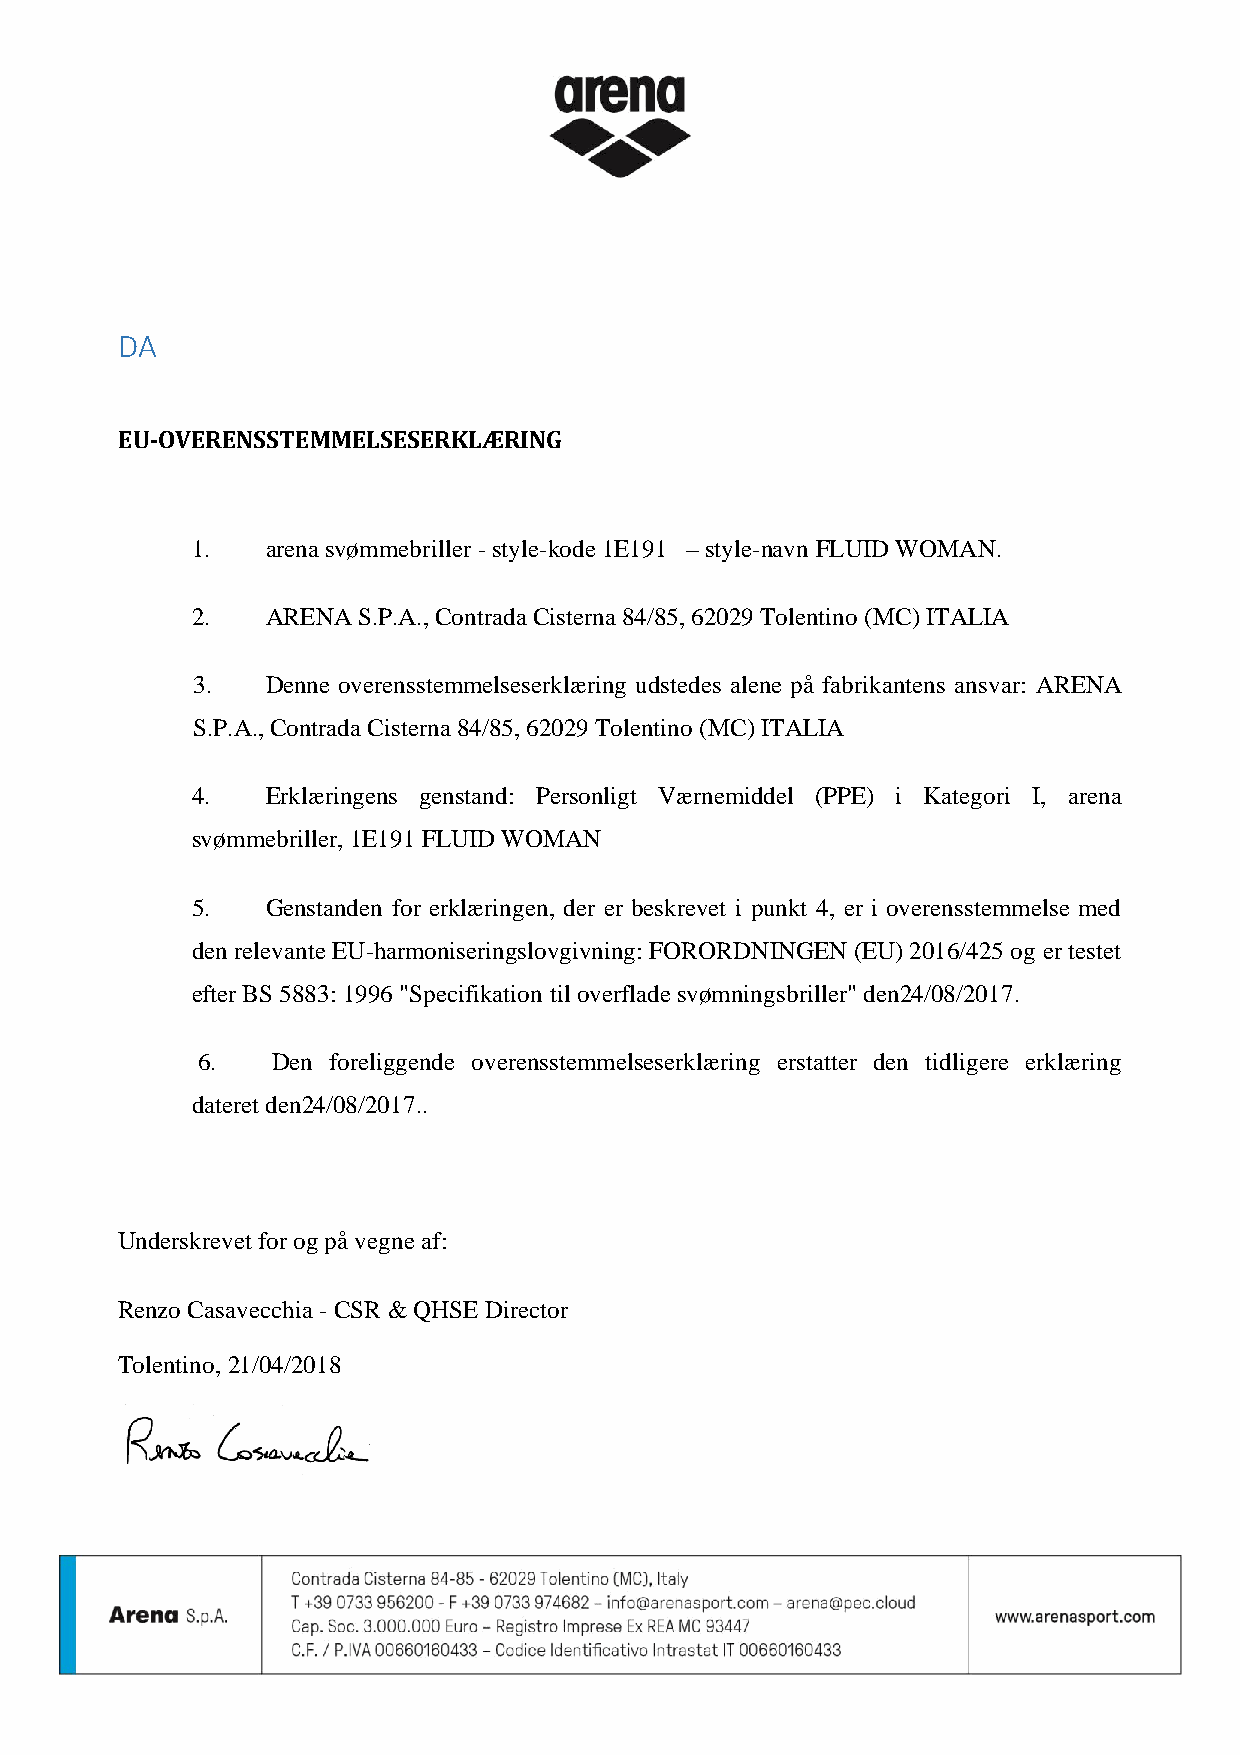
DA
 EU-OVERENSSTEMMELSESERKLÆRING
 1.   arena svømmebriller - style-kode 1E191 – style-navn FLUID WOMAN.
 2.   ARENA S.P.A., Contrada Cisterna 84/85, 62029 Tolentino (MC) ITALIA
 3.   Denne overensstemmelseserklæring udstedes alene på fabrikantens ansvar: ARENA
 S.P.A., Contrada Cisterna 84/85, 62029 Tolentino (MC) ITALIA
 4.   Erklæringens genstand: Personligt Værnemiddel (PPE) i Kategori I, arena
 svømmebriller, 1E191 FLUID WOMAN
 5.   Genstanden for erklæringen, der er beskrevet i punkt 4, er i overensstemmelse med
 den relevante EU-harmoniseringslovgivning: FORORDNINGEN (EU) 2016/425 og er testet
 efter BS 5883: 1996 "Specifikation til overflade svømningsbriller" den24/08/2017.
 6.   Den foreliggende overensstemmelseserklæring erstatter den tidligere erklæring
 dateret den24/08/2017..
 Underskrevet for og på vegne af:
 Renzo Casavecchia - CSR & QHSE Director
 Tolentino, 21/04/2018